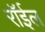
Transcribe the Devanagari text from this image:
रॉईल